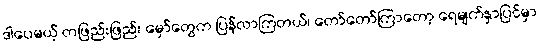
ဒါပေမယ့် တဖြည်းဖြည်း မှော်တွေက ပြန်လာကြတယ်၊ တော်တော်ကြာတော့ ရေမျက်နှာပြင်မှာ